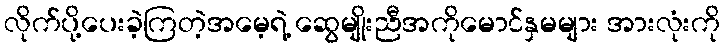
လိုက်ပို့ပေးခဲ့ကြတဲ့အမေ့ရဲ့ ဆွေမျိုးညီအကိုမောင်နှမများ အားလုံးကို